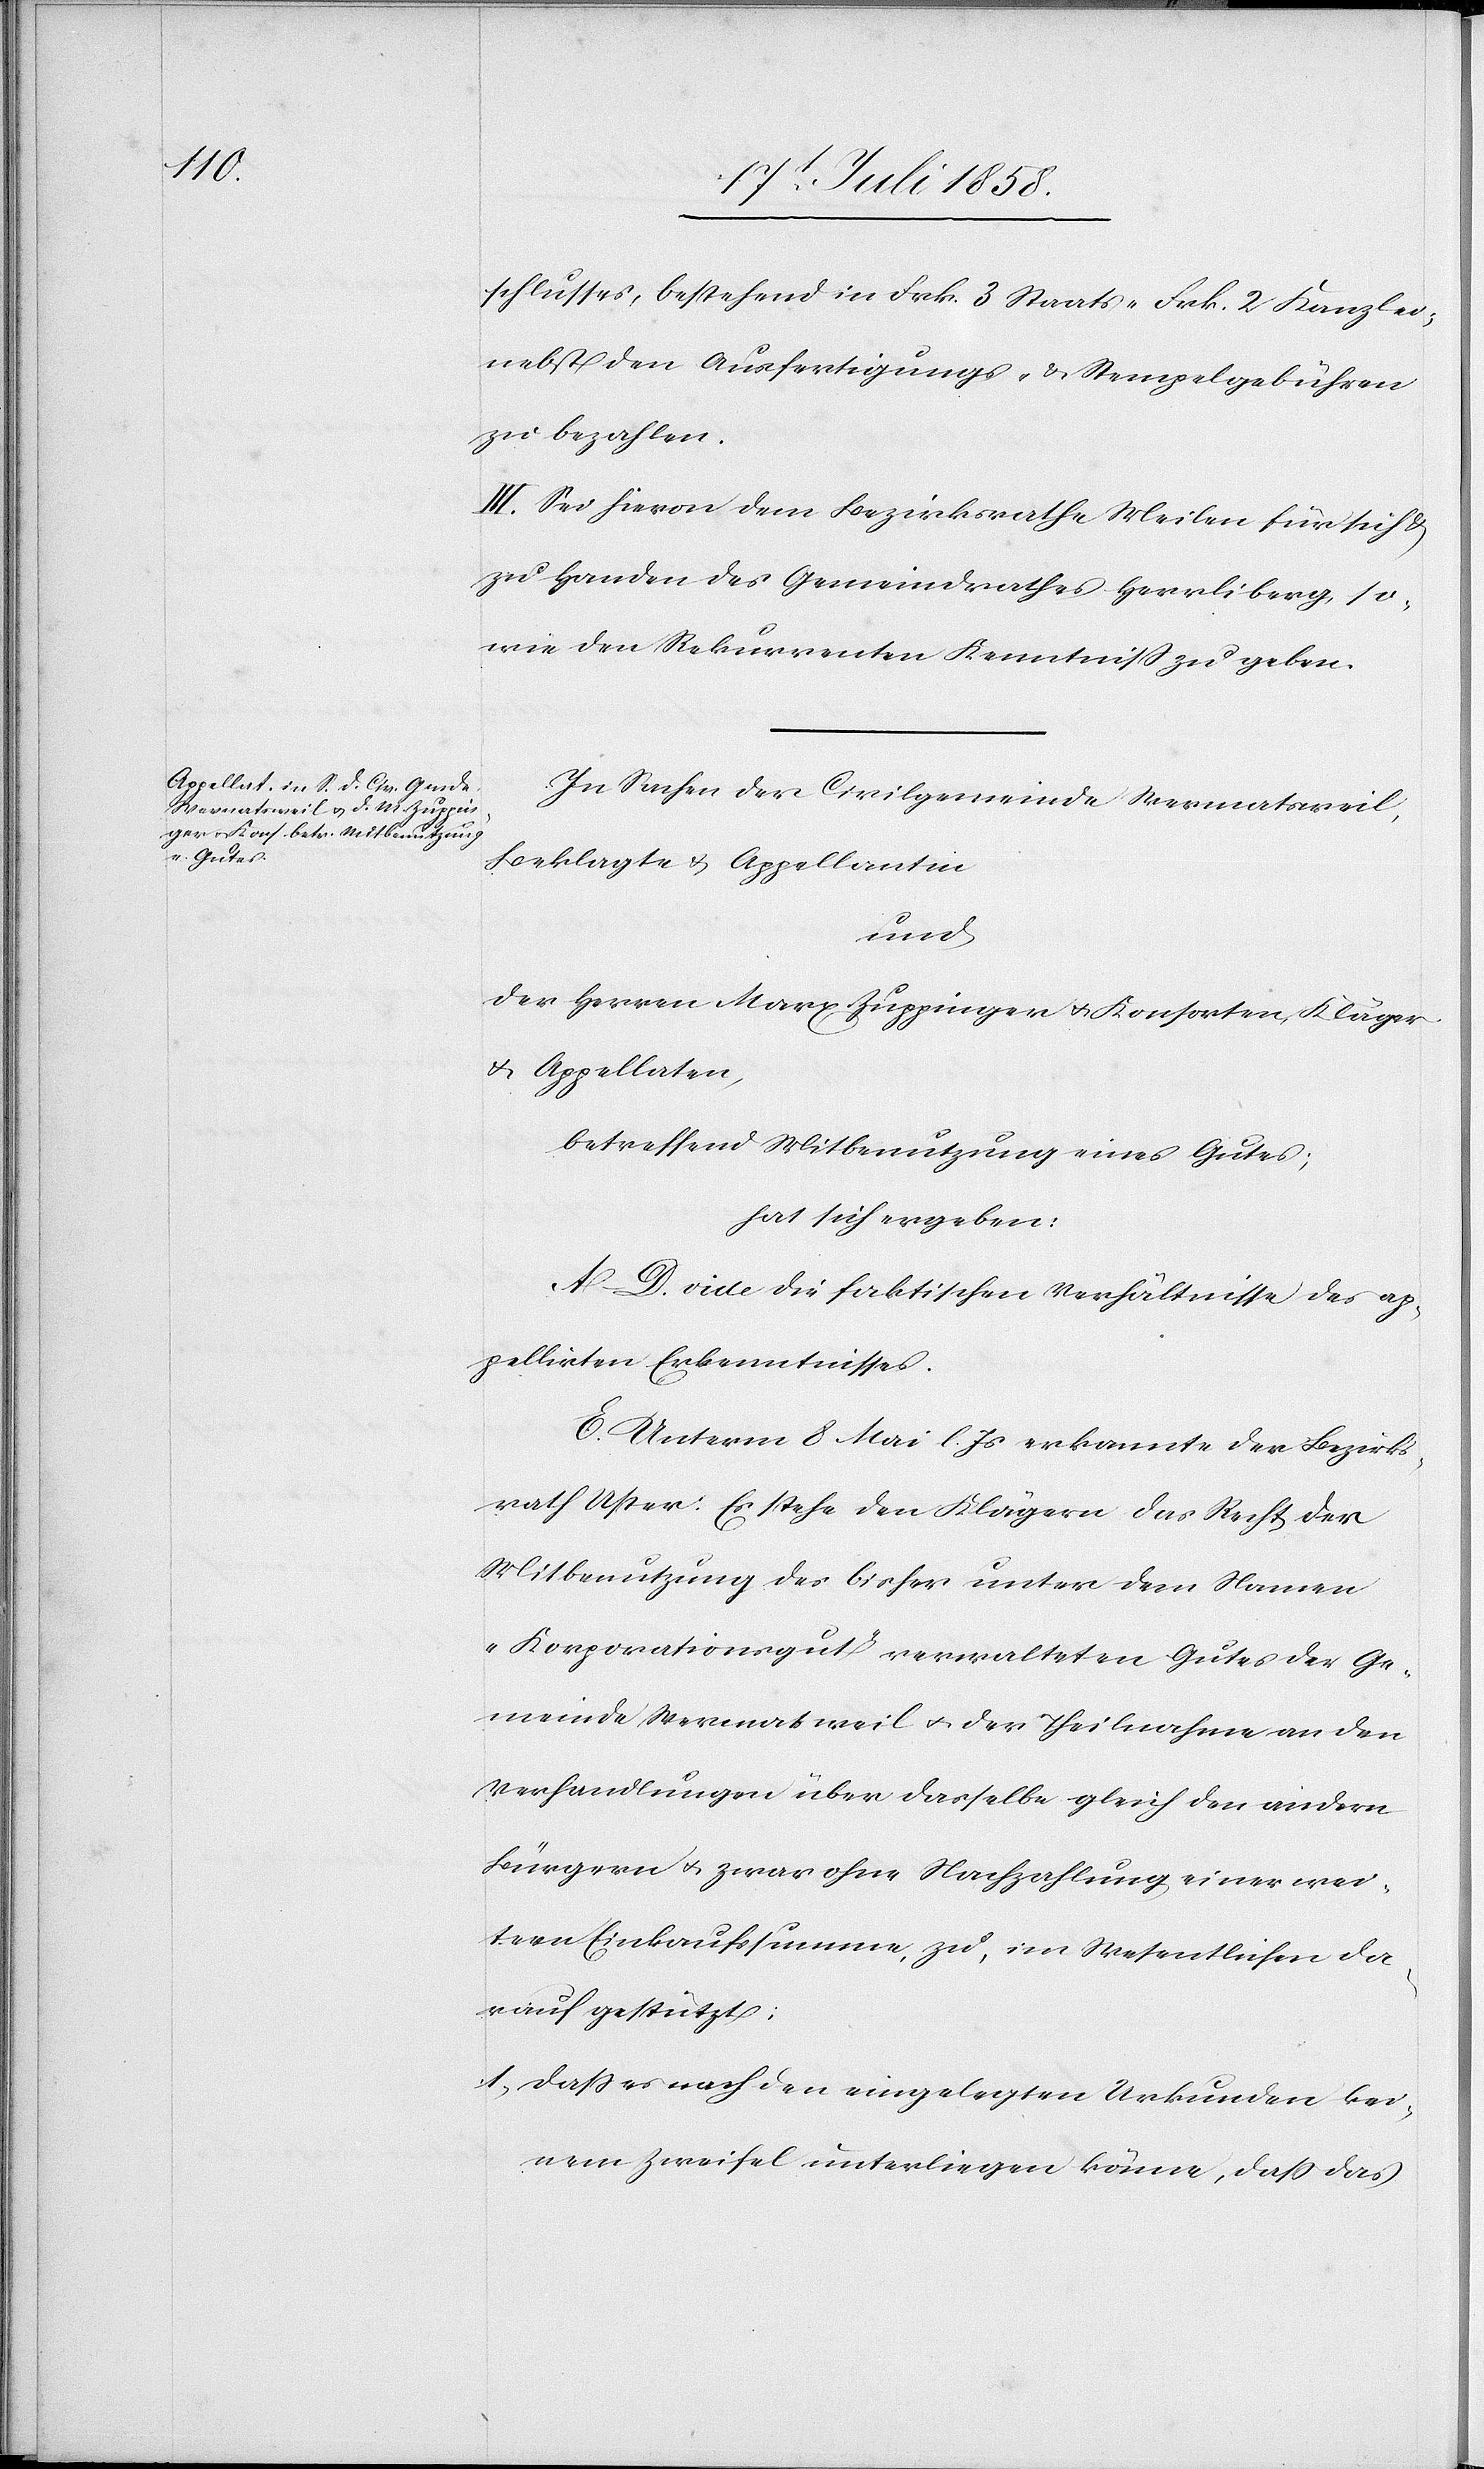
schlusses, bestehend in Frk. 3 Staats-[,] Frk. 2 Kanzlei-[,]
nebst den Ausfertigungs- & Stempelgebühren
zu bezahlen.
III. Sei hievon dem Bezirksrathe Meilen für sich &
zu Handen des Gemeindrathes Herrliberg, so¬
wie den Rekurrenten Kenntniss zu geben.
In Sachen der Civilgemeinde Wermatsweil,
Beklagte & Appellantin
und
der Herren Marx Zuppinger & Konsorten, Kläger
& Appellaten,
betreffend Mitbenutzung eines Gutes;
hat sich ergeben:
A–D. vide die faktischen Verhältnisse des ap¬
pellirten Erkenntnisses.
E. Unterm 8 Mai l. Js erkannte der Bezirks¬
rath Uster: Es stehe den Klägern das Recht der
Mitbenutzung des bisher unter dem Namen
„Korporationsgut“ verwalteten Gutes der Ge¬
meinde Wermatsweil & der Theilnahme an den
Verhandlungen über dasselbe gleich den andern
Bürgern & zwar ohne Nachzahlung einer wei¬
tern Einkaufssumme, zu, im Wesentlichen da¬
rauf gestützt:
dass es nach den eingelegten Urkunden kei¬
nem Zweifel unterliegen könne, dass das